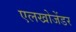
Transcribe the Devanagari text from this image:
एलखोजेंडर